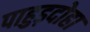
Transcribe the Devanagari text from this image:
पाहुड़दोहा